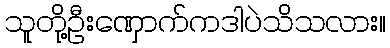
သူတို့ဦးဏှောက်ကဒါပဲသိသလား။